Papers set at the Examination for Leaving Certificates, 1891
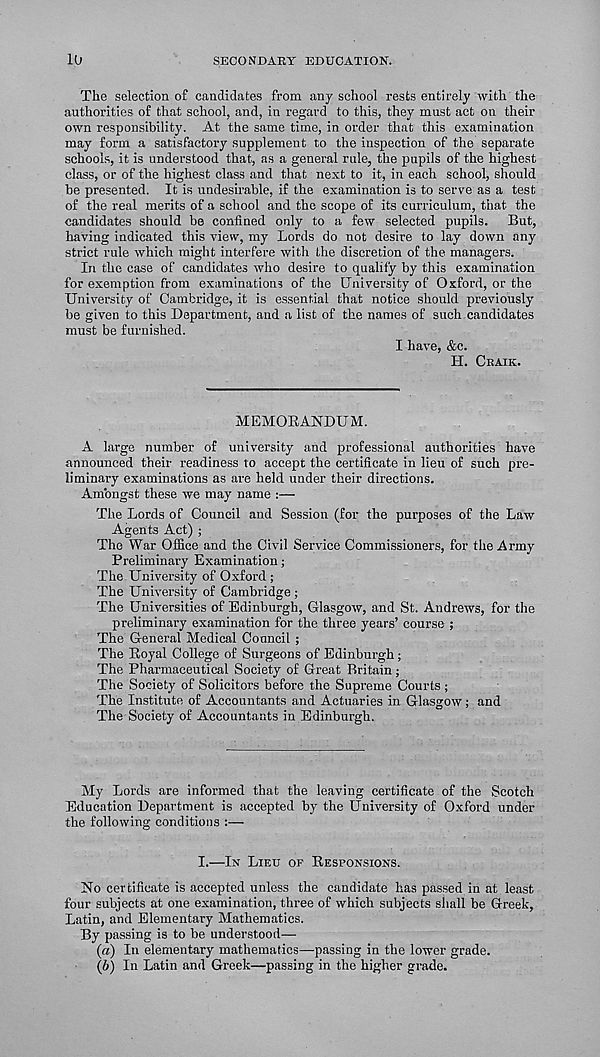
10
SECONDABY EDUCATION.
The selection of candidates from any school rests entirely with the
authorities of that school, and, in regard to this, they must act on their
own responsibility. At the same time, in order that this examination
may form a satisfactory supplement to the inspection of the separate
schools, it is understood that, as a general rule, the pupils of the highest
class, or of the highest class and that next to it, in each school, should
be presented. It is undesirable, if the examination is to serve as a test
of the real merits of a school and the scope of its curriculum, that the
candidates should be confined only to a few selected pupils.
But,
having indicated this view, my Lords do not desire to lay down any
strict rule which might interfere with the discretion of the managers.
In the case of candidates who desire to qualify by this examination
for exemption from examinations of the University of Oxford, or the
University of Cambridge, it is essential that notice should previously
be given to this Department, and a list of the names of such candidates
must be furnished.
I have, &c.
H. CRAIK.
MEMORANDUM.
A large number of university and professional authorities have
announced their readiness to accept the certificate in lieu of such pre-
liminary examinations as are held under their directions.
Amongst these we may name :—
The Lords of Council and Session (for the purposes of the Law
Agents Act) ;
The War Office and the Civil Service Commissioners, for the Army
Preliminary Examination;
The University of Oxford ;
The University of Cambridge ;
The Universities of Edinburgh, Glasgow, and St. Andrews, for the
preliminary examination for the three years’ course ;
The General Medical Council ;
The Royal College of Surgeons of Edinburgh;
The Pharmaceutical Society of Great Britain;
The Society of Solicitors before the Supreme Courts ;
The Institute of Accountants and Actuaries in Glasgow; and
The Society of Accountants in Edinburgh.
My Lords are informed that the leaving certificate of the Scotch
Education Department is accepted by the University of Oxford under
the following conditions :—
I.—IN LIEU or RESPONSIONS.
No certificate is accepted unless the candidate has passed in at least
four subjects at one examination, three of which subjects shall be Greek,
Latin, and Elementary Mathematics.
By passing is to be understood—
(a) In elementary mathematics—passing in the lower grade.
(/>) In Latin and Greek—passing in the higher grade.